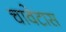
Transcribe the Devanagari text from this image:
चावेटास